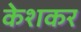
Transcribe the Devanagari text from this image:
केशकर